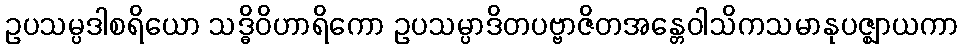
ဥပသမ္ပဒါစရိယော သဒ္ဓိဝိဟာရိကော ဥပသမ္ပာဒိတပဗ္ဗာဇိတအန္တေဝါသိကသမာနုပဇ္ဈာယကာ